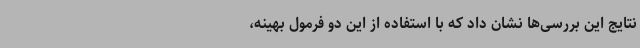
نتایج این بررسی‌ها نشان داد که با استفاده از این دو فرمول بهینه،